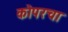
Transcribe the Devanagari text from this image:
कोपरचा